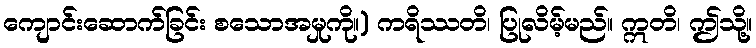
ကျောင်းဆောက်ခြင်း စသောအမှုကို။) ကရိဿတိ၊ ပြုလိမ့်မည်။ ဣတိ၊ ဤသို့။